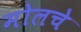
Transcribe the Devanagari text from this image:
मोलचे